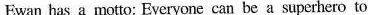
Ewan has a motto: Everyone can be a superhero to